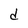
Character: d